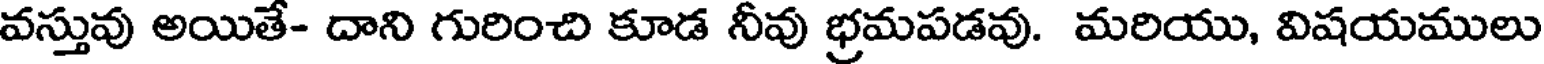
వస్తువు అయితే- దాని గురించి కూడ నీవు భ్రమపడవు. మరియు, విషయములు